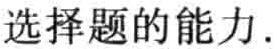
选择题的能力.